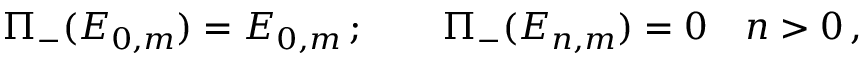
\Pi _ { - } ( E _ { 0 , m } ) = E _ { 0 , m } \, ; \qquad \Pi _ { - } ( E _ { n , m } ) = 0 \quad n > 0 \, , \nonumber